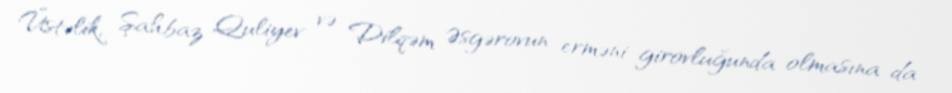
Üstəlik, Şahbaz Quliyev və Dilqəm Əsgərovun erməni girovluğunda olmasına da